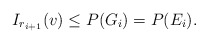
\begin{align*}I_{r_{i+1}}(v)\le P(G_i)=P(E_i).\end{align*}